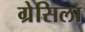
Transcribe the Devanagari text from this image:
ग्रेसिला